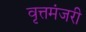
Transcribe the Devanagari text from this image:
वृत्तमंजरी